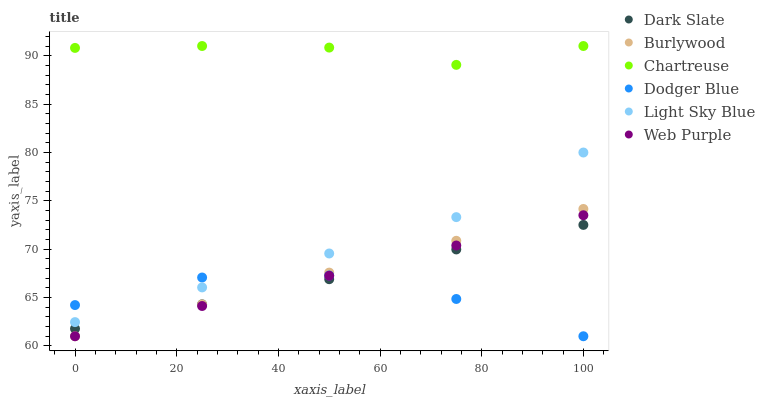
| xaxis_label | Dark Slate | Burlywood | Chartreuse | Dodger Blue | Light Sky Blue | Web Purple |
 | --- | --- | --- | --- | --- | --- | --- |
 | 0 | 61.8 | 61 | 90.8 | 64.2 | 62.5 | 61 |
 | 25 | 64.3 | 64.3 | 91 | 67.1 | 66 | 64.1 |
 | 50 | 66.9 | 67.6 | 90.8 | 67.3 | 69.6 | 67.3 |
 | 75 | 70 | 70.9 | 89.1 | 64.9 | 73.3 | 70.4 |
 | 100 | 72.5 | 74.2 | 91 | 61 | 80 | 73.5 |